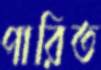
পারিত